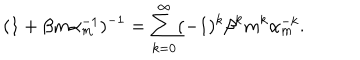
LaTeX: ( 1 + \beta m \alpha _ { m } ^ { - 1 } ) ^ { - 1 } = \sum _ { k = 0 } ^ { \infty } ( - 1 ) ^ { k } \beta ^ { k } m ^ { k } \alpha _ { m } ^ { - k } .